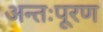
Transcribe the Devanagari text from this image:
अन्तःपूरण